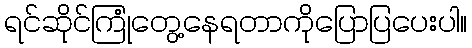
ရင်ဆိုင်ကြုံတွေ့နေရတာကိုပြောပြပေးပါ။